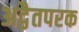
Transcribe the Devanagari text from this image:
अद्वैतपरक